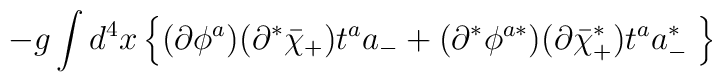
-g\int d^4x \left\{(\partial\phi^a)(\partial^*\bar{\chi}_+)t^aa_- +(\partial^*\phi^{a *})(\partial \bar{\chi}^*_+)t^aa^*_- \; \right\}